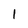
Character: 1